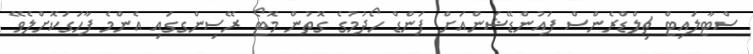
ސްޓާލައިޓް ޗިލްޑްރެންސް ފައުންޑޭޝަންއަށް ފަންޑް ހޯދުމުގެ ގޮތުން މޮޓޯ ރޭސިންގގައި އެންމެ ފާހަގަކޮށްލެވޭ